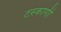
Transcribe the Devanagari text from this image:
टस्कागी